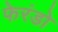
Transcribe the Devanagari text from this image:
फेरंडो